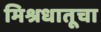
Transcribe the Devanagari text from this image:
मिश्रधातूचा